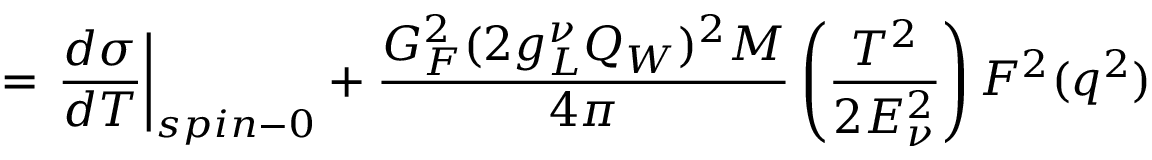
= \left. \frac { d \sigma } { d T } \right\vert _ { s p i n - 0 } + \frac { G _ { F } ^ { 2 } ( 2 g _ { L } ^ { \nu } Q _ { W } ) ^ { 2 } M } { 4 \pi } \left( \frac { T ^ { 2 } } { 2 E _ { \nu } ^ { 2 } } \right) F ^ { 2 } ( q ^ { 2 } )